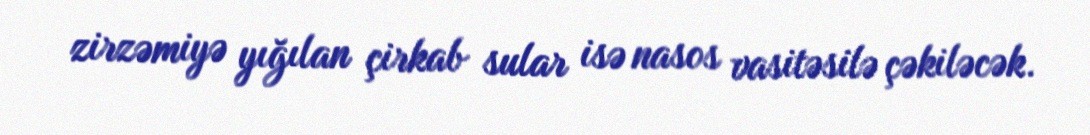
zirzəmiyə yığılan çirkab sular isə nasos vasitəsilə çəkiləcək.